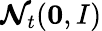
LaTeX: \boldsymbol{\mathcal{N}}_{t}(\boldsymbol{0},I)